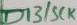
Text: D13/SCK